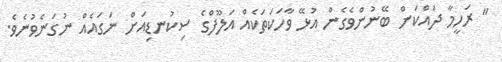
" ރަހީމާ ދައްކަން ބޭނުންވެގެން އުޅޭ ވާހަކަތަކެއް އަލޫފްގެ ސިކުނޑިއަށް ނަގައެއް ނުގަނެވުނެވެ.